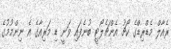
ރެއާލް މެޑްރިޑްގެ ކޯޗު އެންޗެލޯޓީ ބުނެފައި ވަނީ ޑި މަރިއާގެ އެ ނިންމުމުގެ